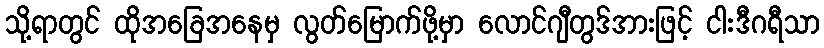
သို့ရာတွင် ထိုအခြေအနေမှ လွတ်မြောက်ဖို့မှာ လောင်ဂျီတွဒ်အားဖြင့် ငါးဒီဂရီသာ